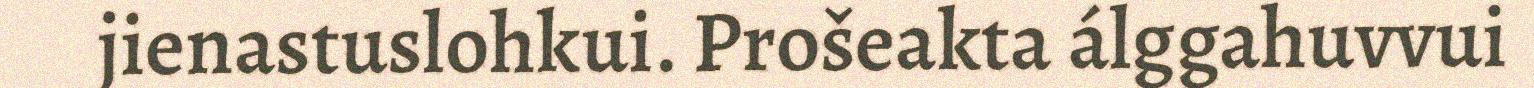
jienastuslohkui. Prošeakta álggahuvvui